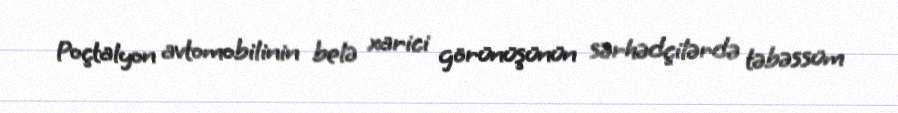
Poçtalyon avtomobilinin belə xarici görünüşünün sərhədçilərdə təbəssüm